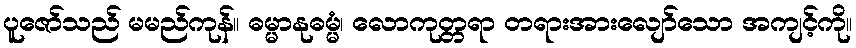
ပူဇော်သည် မမည်ကုန်။ ဓမ္မာနုဓမ္မံ၊ လောကုတ္တရာ တရားအားလျော်သော အကျင့်ကို။